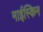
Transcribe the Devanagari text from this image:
माईस्किन